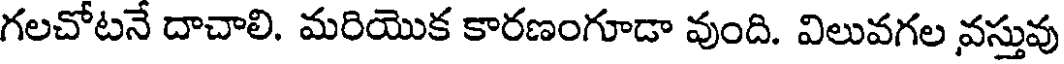
గలచోటనే దాచాలి. మరియొక కారణంగూడా వుంది. విలువగల వస్తువు